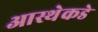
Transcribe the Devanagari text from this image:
आस्थेकडे